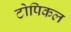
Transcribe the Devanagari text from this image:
टोपिकल